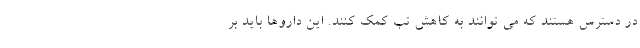
در دسترس هستند که می توانند به کاهش تب کمک کنند. این داروها باید بر